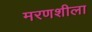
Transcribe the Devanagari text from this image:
मरणशीला